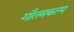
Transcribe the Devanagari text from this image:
गौतमकल्प